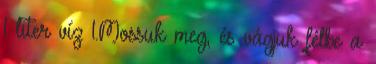
1 liter víz 1.Mossuk meg, és vágjuk félbe a